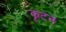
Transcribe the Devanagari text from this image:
कृटन